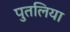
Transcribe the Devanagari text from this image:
पुतलिया